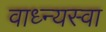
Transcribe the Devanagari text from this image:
वाध्न्यस्वा